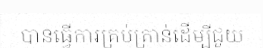
បានធ្វើការគ្រប់គ្រាន់ដើម្បីជួយ